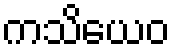
ကသိယေဝ